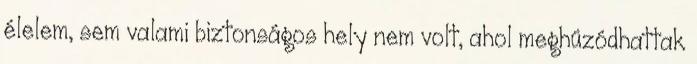
élelem, sem valami biztonságos hely nem volt, ahol meghúzódhattak